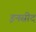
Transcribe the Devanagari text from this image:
इनसीद